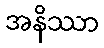
အနိဿာ